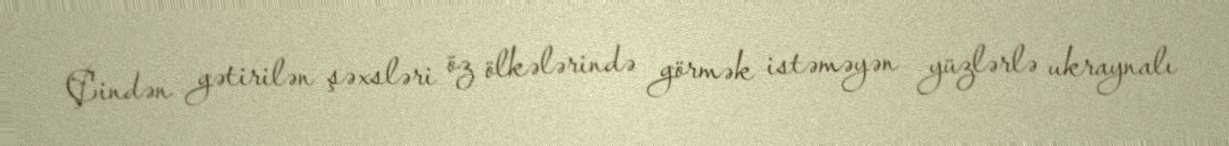
Çindən gətirilən şəxsləri öz ölkələrində görmək istəməyən yüzlərlə ukraynalı